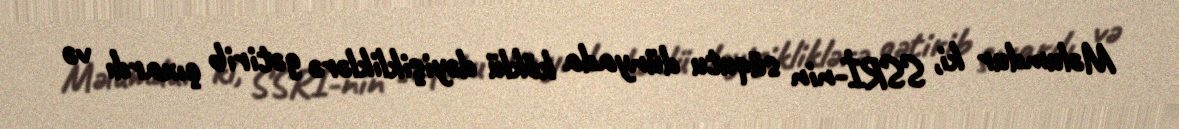
Məlumdur ki, SSRİ-nin süqutu dünyada köklü dəyişikliklərə gətirib çıxardı və